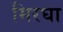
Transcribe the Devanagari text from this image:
मिरघा